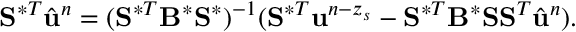
\mathbf { S } ^ { \ast T } \hat { \ensuremath { \mathbf { u } } } ^ { n } = ( \mathbf { S } ^ { \ast T } \mathbf { B } ^ { \ast } \mathbf { S } ^ { \ast } ) ^ { - 1 } ( \mathbf { S } ^ { \ast T } \ensuremath { \mathbf { u } } ^ { n - z _ { s } } - \mathbf { S } ^ { \ast T } \mathbf { B } ^ { \ast } \mathbf { S } \mathbf { S } ^ { T } \hat { \ensuremath { \mathbf { u } } } ^ { n } ) .